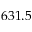
6 3 1 . 5